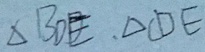
\Delta B D E , \Delta C D E